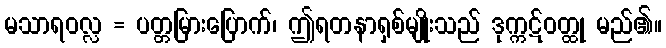
မသာရဝလ္လ = ပတ္တမြားပြောက်၊ ဤရတနာရှစ်မျိုးသည် ဒုက္ကဋ်ဝတ္ထု မည်၏။